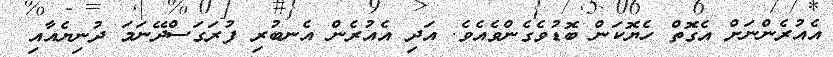
އެއުރެންނަށް އެގޮތް ހެޔޮކަން ބޮޑުވެގެންވެއެވެ. އަދި އެއުރެން އެނބުރި ފުރަގަސްދޭނަމަ ދުނިޔެއާއި